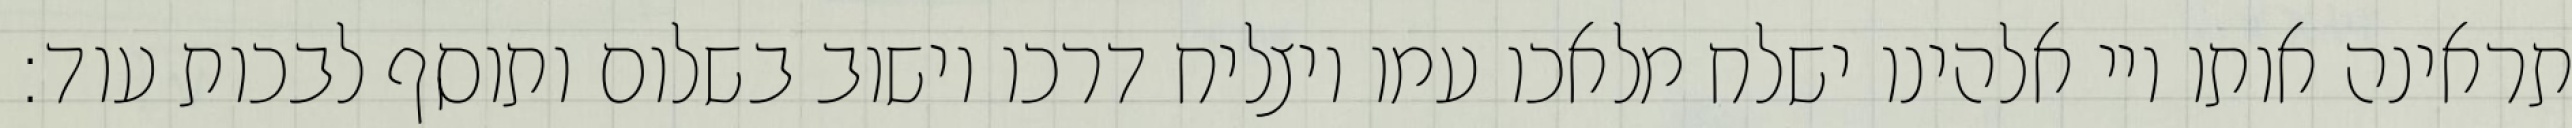
תראינה אותו ויי אלהינו ישלח מלאכו עמו ויצליח דרכו וישוב בשלום ותוסף לבכות עוד: